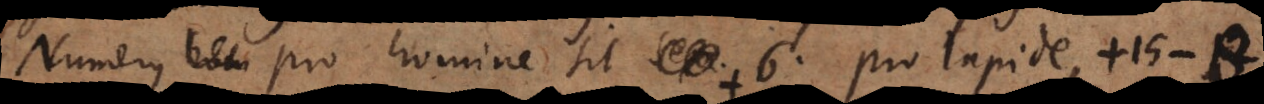
Numerus pro homine sit +6, pro lapide, +15